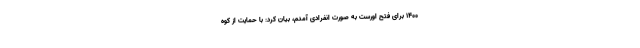
۱۴۰۰ برای فتح اورست به صورت انفرادی آمدم، بیان کرد: با حمایت از کوه